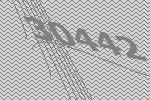
30442